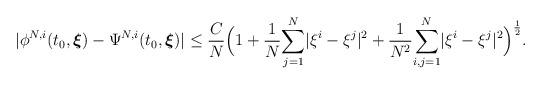
LaTeX: \begin{align*} |\phi^{N,i}(t_0,\boldsymbol{\xi})-\Psi^{N,i}(t_0,\boldsymbol{\xi})|\leq\frac{C}{N}\Big(1+\frac{1}{N}\underset{j=1}{\overset{N}\sum}|\xi^{i}-\xi^{j}|^2+\frac{1}{N^2}\underset{i,j=1}{\overset{N}{\sum}}|\xi^{i}-\xi^{j}|^2\Big)^{\frac{1}{2}}.\end{align*}